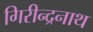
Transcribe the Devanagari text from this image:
गिरीन्द्रनाथ